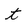
Character: t